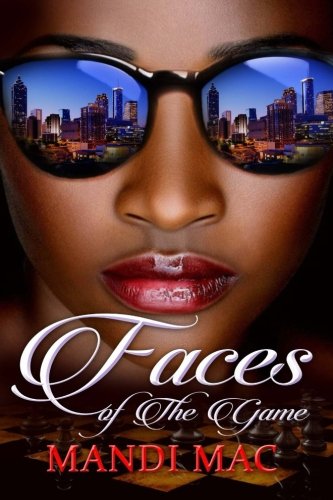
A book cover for Faces of the Game; Mandi Mac; Literature & Fiction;